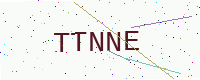
Text: TTNNE